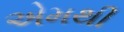
એમથી